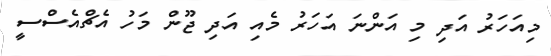
މިއަހަރު އަދި މި އަންނަ އަހަރު މެއި އަދި ޖޫން މަހު އެޗްއެސްސީ